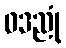
ဝဒညုံ